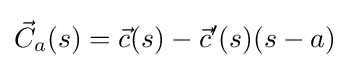
{\vec {C}}_{a}(s)={\vec {c}}(s)-{\vec {c}}'(s)(s-a)\